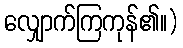
လျှောက်ကြကုန်၏။)